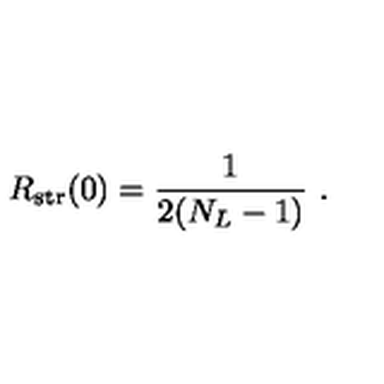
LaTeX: R _ { \mathrm { s t r } } ( 0 ) = { \frac { 1 } { 2 ( N _ { L } - 1 ) } } \ .